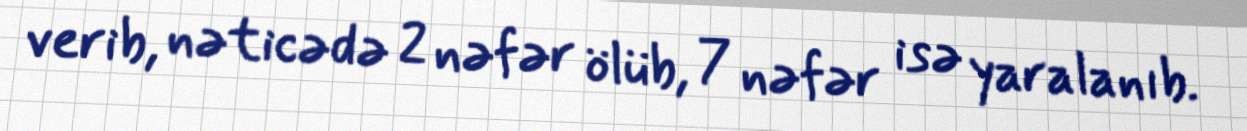
verib, nəticədə 2 nəfər ölüb, 7 nəfər isə yaralanıb.